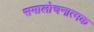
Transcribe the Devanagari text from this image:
समालोचनात्‍मक